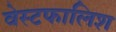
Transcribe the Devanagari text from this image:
वेस्टफालिश